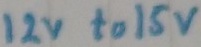
Text: 12v to 15v